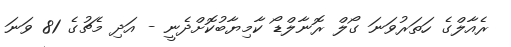
ރެއާލްގެ ހަތަރުވަނަ ގޯލް ރޮނާލްޑޯ ކާމިޔާބުކޮށްދެނީ - އަދި މެޗުގެ 81 ވަނަ